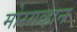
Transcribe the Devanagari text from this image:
मोरगव्हान